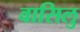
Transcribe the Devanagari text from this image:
वासिलु